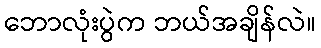
ဘောလုံးပွဲက ဘယ်အချိန်လဲ။